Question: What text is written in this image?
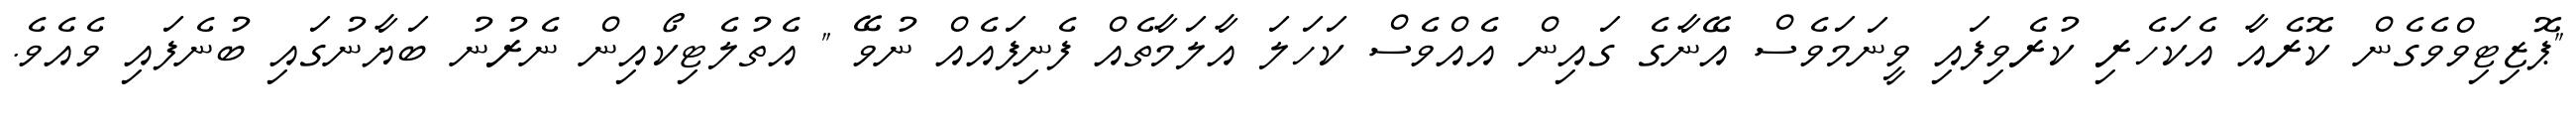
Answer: "ޕޮޒިޓިވްވެގެން ކޮރެއާ އެކަހެރި ކުރެވިފައި ވީނަމަވެސް އޭނާގެ ގައިން އެއްވެސް ކަހަލަ އާލަމާތެއް ފެނިފައެއް ނުވޭ " އެތުލެޓިކޯއިން ނެރުނު ބަޔާނުގައި ބުނެފައި ވެއެވެ.